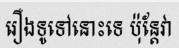
រឿងទូទៅនោះទេ ប៉ុន្តែវា